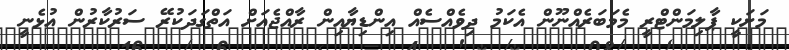
މަށަކީ ޕާލިމަންޓްރީ މެމަބަރެއްނޫން އެކަމު ދިވެއްސެއް އިންޑިޔާއިން ރާއްޖެއަށް އަތްގަދަކުރޭ ސަރުކާރުން އުޅެނީ